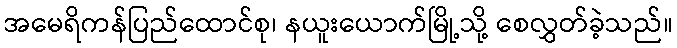
အမေရိကန်ပြည်ထောင်စု၊ နယူးယောက်မြို့သို့ စေလွှတ်ခဲ့သည်။